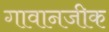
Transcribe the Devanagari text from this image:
गावानजीक